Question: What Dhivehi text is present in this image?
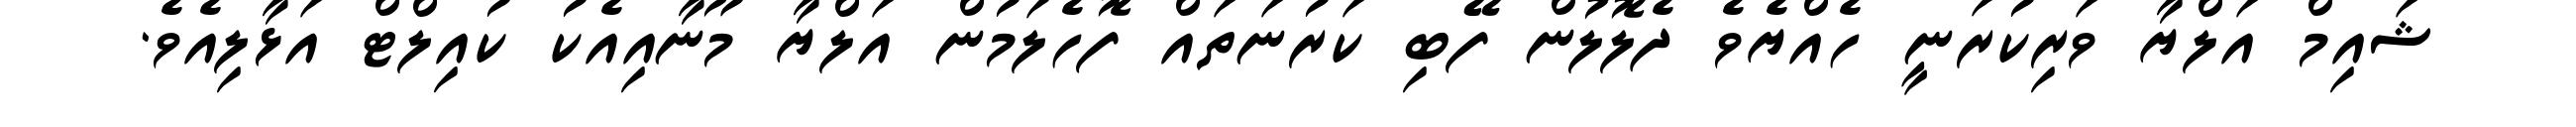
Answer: ޝައިމް އަލްޔާ ވަރިކުރަނީ ހެއްޔެވެ ދެލޮލުން ފޭބި ކަރުނަތައް ފޮހެލަމުން އަލްޔާ މޫނާއިއެކު ކުއިލްޓް އަޅާލިއެވެ.